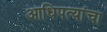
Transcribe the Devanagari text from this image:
आधिपत्यांचा